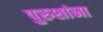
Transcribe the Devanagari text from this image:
पुरुशांना